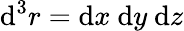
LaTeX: \operatorname{\mathrm{d}}^{3}r=\mathrm{{\mathrm{d}}}x\ \mathrm{{\mathrm{d}}}y\ \mathrm{{\mathrm{d}}}z